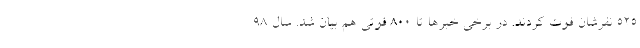
525 نفرشان فوت کردند. در برخی خبرها تا 800 فوتی هم بیان شد. سال 98